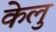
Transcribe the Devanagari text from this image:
केलु